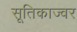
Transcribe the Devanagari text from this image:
सूतिकाज्वर